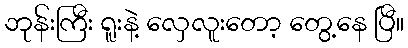
ဘုန်းကြီး ရူးနဲ့ လှေလူးတော့ တွေ့နေ ပြီ။